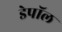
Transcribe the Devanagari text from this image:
डेपॉल